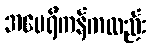
အမေရိကန်ကလည်း